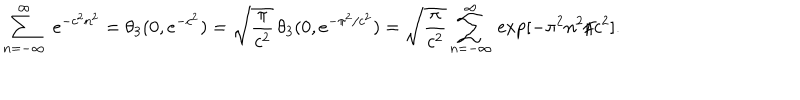
\sum _ { n = - \infty } ^ { \infty } \; e ^ { - c ^ { 2 } n ^ { 2 } } = \theta _ { 3 } ( 0 , e ^ { - c ^ { 2 } } ) = \sqrt { \frac { \pi } { c ^ { 2 } } } \, \theta _ { 3 } ( 0 , e ^ { - \pi ^ { 2 } / c ^ { 2 } } ) = \sqrt { \frac { \pi } { c ^ { 2 } } } \sum _ { n = - \infty } ^ { \infty } \, \exp [ - \pi ^ { 2 } n ^ { 2 } / c ^ { 2 } ] .